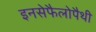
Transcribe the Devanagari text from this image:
इनसेफैलोपैथी